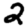
Digit: 2